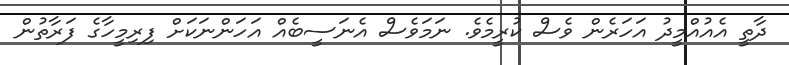
ދާތީ އެއުއްމީދު އަހަރެން ވެސް ކުރީމެވެ. ނަމަވެސް އެނަސީބެއް އަހަންނަކަށް ފިރިމީހާގެ ފަރާތުން